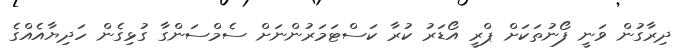
ދިރާގުން ވަނީ ފޯނުތަކަށް ޕްރީ އޯޑަރު ކުރާ ކަސްޓަމަރުންނަށް ސެމްސަންގާ ގުޅިގެން ހަދިޔާއެއްގެ